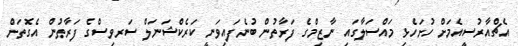
އެޗްއާރުސީއެމަށް ހުށަހެޅި މައްސަލާގައި ނާޒިމްގެ ފަރާތުން ބުނެފައިވަނީ ކަރެކްޝަނަލް ސަރވިސްގެ ފަރާތުން އެގޮތަށް